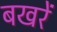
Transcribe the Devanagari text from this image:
बखरें